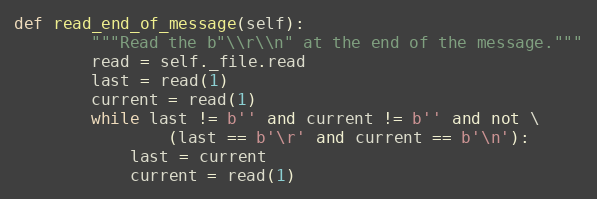
Language: Python
def read_end_of_message(self):
        """Read the b"\\r\\n" at the end of the message."""
        read = self._file.read
        last = read(1)
        current = read(1)
        while last != b'' and current != b'' and not \
                (last == b'\r' and current == b'\n'):
            last = current
            current = read(1)